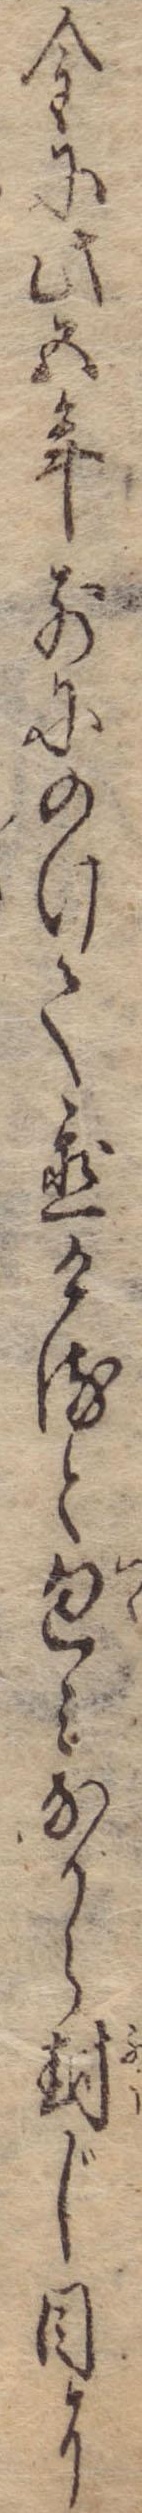
金に此五年前にのけて置けると包みなから封じ目に